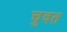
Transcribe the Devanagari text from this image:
चुवत